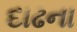
દાઢના